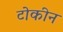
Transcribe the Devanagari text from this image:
टोकीन